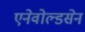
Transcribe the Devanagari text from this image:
एनेवोल्डसेन